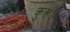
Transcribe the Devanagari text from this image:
कुरूंद